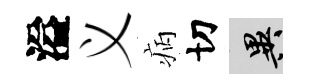
溢义病切异